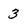
Character: 3